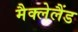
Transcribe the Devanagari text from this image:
मैक्लेलैंड